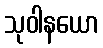
သုဝါနယော